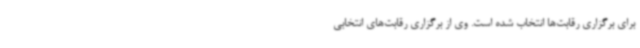
برای برگزاری رقابت‌ها انتخاب شده است. وی از برگزاری رقابت‌های انتخابی